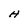
Character: H